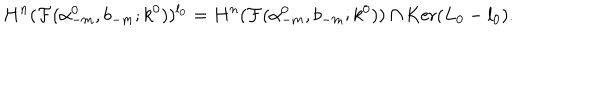
H ^ { n } ( { \cal F } ( \alpha _ { - m } ^ { 0 } , b _ { - m } ; k ^ { 0 } ) ) ^ { l _ { 0 } } = H ^ { n } ( { \cal F } ( \alpha _ { - m } ^ { 0 } , b _ { - m } ; k ^ { 0 } ) ) \cap \mathrm { K e r } ( L _ { 0 } - l _ { 0 } ) .